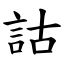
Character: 詁